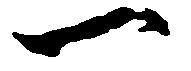
一